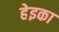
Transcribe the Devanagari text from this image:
हेइका